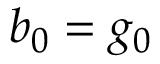
b _ { 0 } = g _ { 0 }